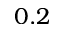
0 . 2